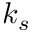
k _ { s }